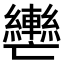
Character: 𮝲